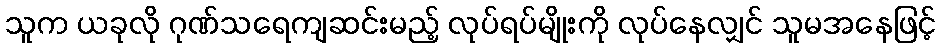
သူက ယခုလို ဂုဏ်သရေကျဆင်းမည့် လုပ်ရပ်မျိုးကို လုပ်နေလျှင် သူမအနေဖြင့်